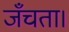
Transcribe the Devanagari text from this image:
जँचता।